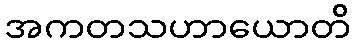
အကတသဟာယောတိ